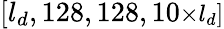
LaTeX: [l_{d},128,128,10\small{\times}l_{d}]